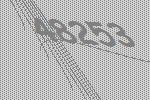
48253